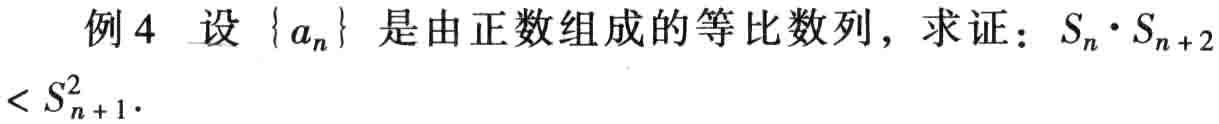
例4 设\(\{ a_{n}\}\)是由正数组成的等比数列，求证：\(S_{n}\cdot S_{n + 2}<S_{n + 1}^{2}\)。